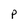
Character: p